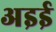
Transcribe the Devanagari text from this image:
अइई